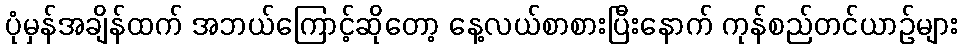
ပုံမှန်အချိန်ထက် အဘယ်ကြောင့်ဆိုတော့ နေ့လယ်စာစားပြီးနောက် ကုန်စည်တင်ယာဉ်များ